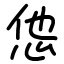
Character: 怹